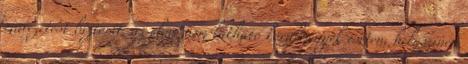
művezetést biztosít, az előre nem látható körülmények esetén, helyszínen